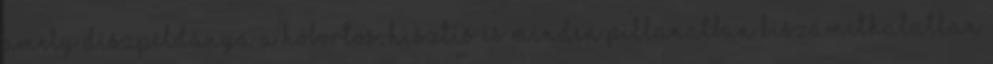
amely díszpéldánya a hóbortos, hisztis és minden pillanatban kiszámíthatatlan